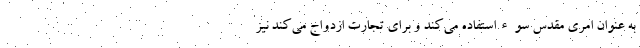
به عنوان امری مقدس سوءاستفاده می‌کند و برای تجارت ازدواج می‌کند نیز